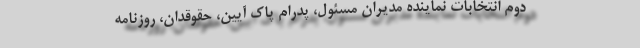
دوم انتخابات نماینده مدیران مسئول، پدرام پاک آیین، حقوقدان، روزنامه